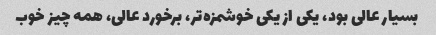
بسیار عالی بود، یکی از یکی خوشمزه‌تر، برخورد عالی، همه چیز خوب